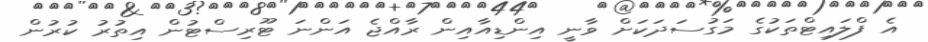
އެ ފްލައިޓްތަކުގެ މަގުސަދަކަށް ވާނީ އިންޑިއާއިން ރާއްޖެ އަންނަ ޓޫރިސްޓުން އިތުރު ކުރުން